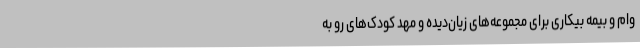
وام و بیمه بیکاری برای مجموعه‌های زیان‌دیده و مهد کودک‌های رو به